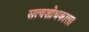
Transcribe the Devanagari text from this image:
सत्यशोधकाला